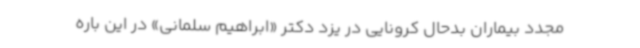
مجدد بیماران بدحال کرونایی در یزد دکتر «ابراهیم سلمانی» در این باره